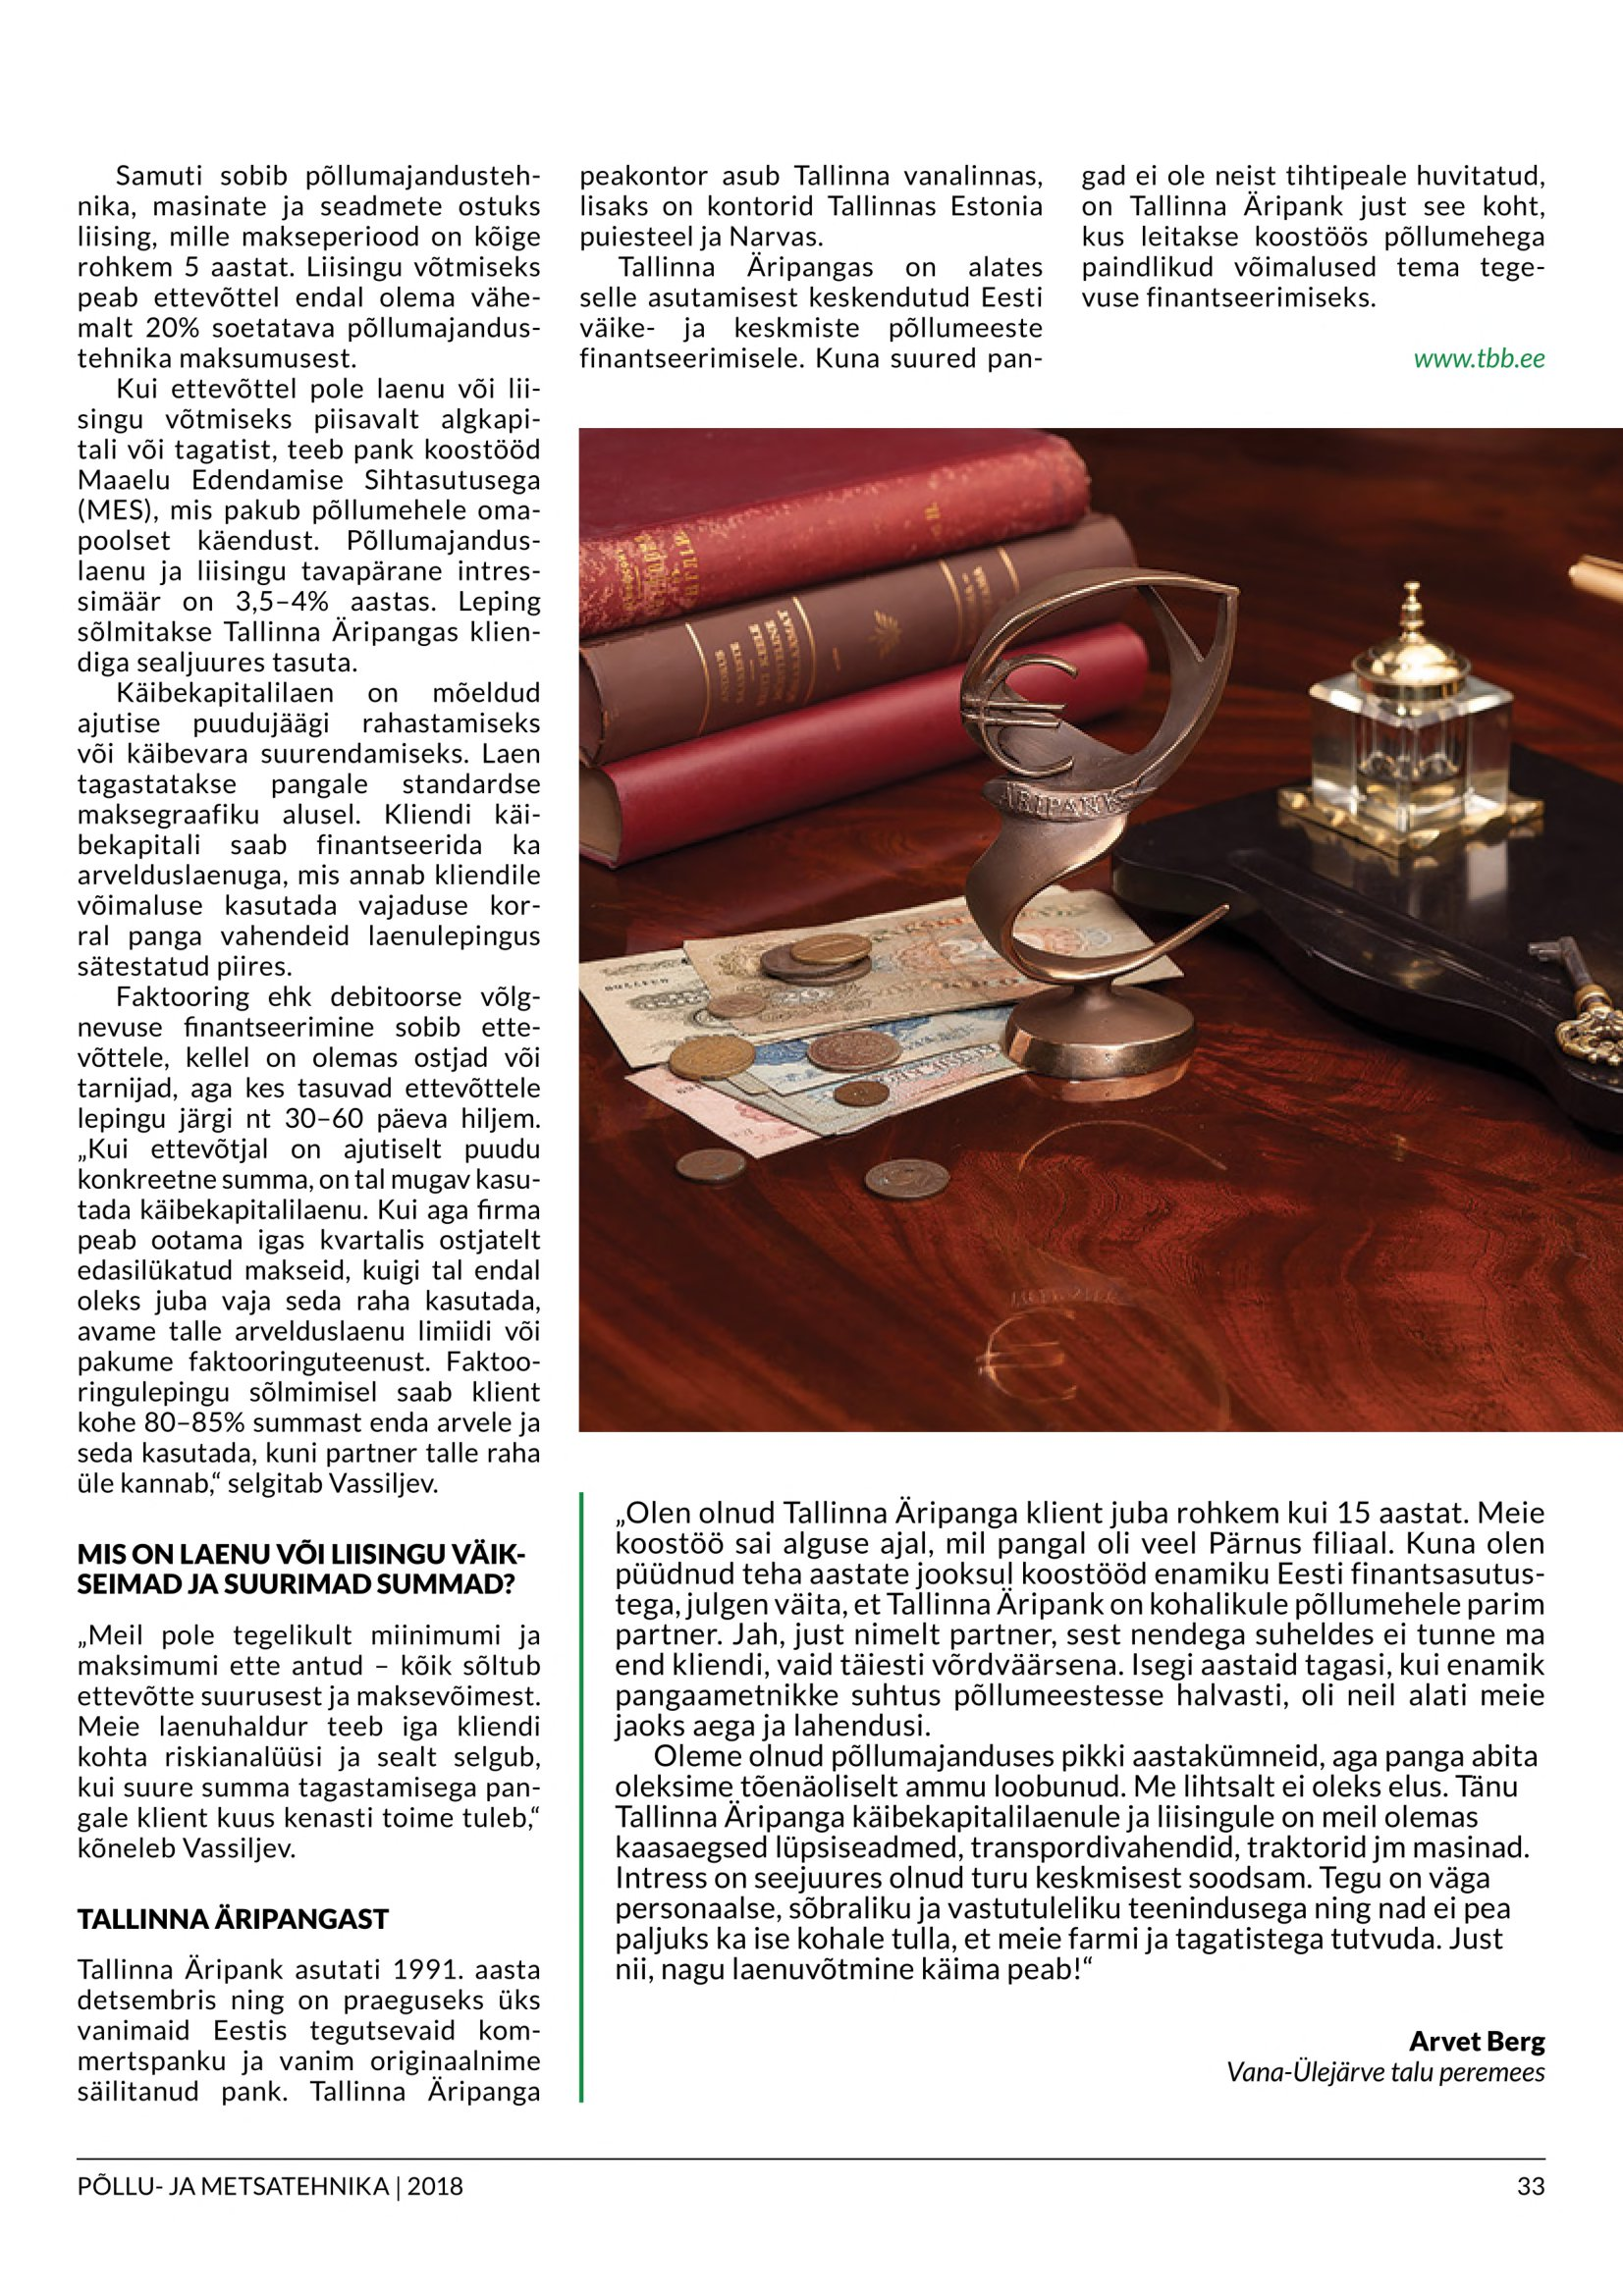
Language: et